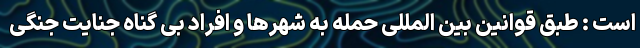
است : طبق قوانین بین المللی حمله به شهرها و افراد بی گناه جنایت جنگی